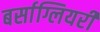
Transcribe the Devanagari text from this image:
बर्साग्लियरी